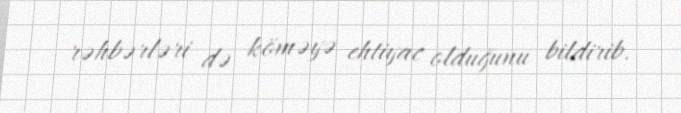
rəhbərləri də köməyə ehtiyac olduğunu bildirib.